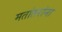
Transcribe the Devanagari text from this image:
मतांतरांना